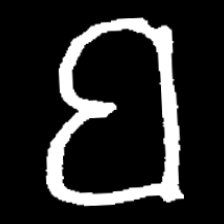
Pyu character \u2014 Myanmar letter: ဗ (romanized: ba)